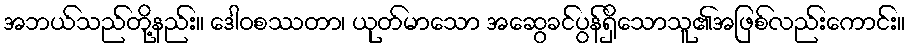
အဘယ်သည်တို့နည်း။ ဒေါဝစဿတာ၊ ယုတ်မာသော အဆွေခင်ပွန်ရှိသောသူ၏အဖြစ်လည်းကောင်း။